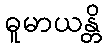
ဓူမာယန္တိ